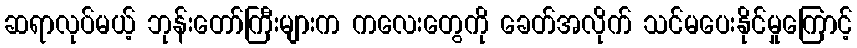
ဆရာလုပ်မယ့် ဘုန်းတော်ကြီးများက ကလေးတွေကို ခေတ်အလိုက် သင်မပေးနိုင်မှုကြောင့်